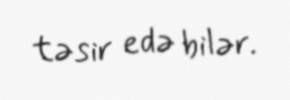
təsir edə bilər.